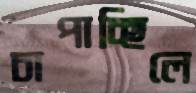
চাপাচ্ছিলে